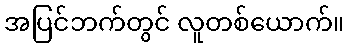
အပြင်ဘက်တွင် လူတစ်ယောက်။